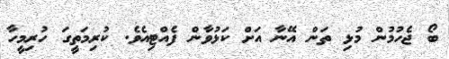
ބޯ ޖެހުމުން މުޅި ތަން އޭނާ އަށް ކަޅުވާން ފެއްޓިއެވެ. ކުރިމަތީގަ ހުރިމީހާ